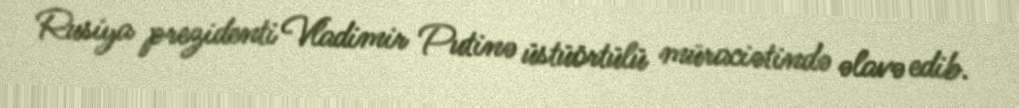
Rusiya prezidenti Vladimir Putinə üstüörtülü müraciətində əlavə edib.